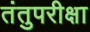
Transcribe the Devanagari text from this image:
तंतुपरीक्षा